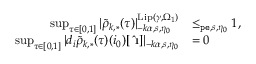
\begin{array} { r l } { \operatorname* { s u p } _ { \tau \in [ 0 , 1 ] } | \tilde { \rho } _ { k , * } ( \tau ) | _ { - k \alpha , s , \eta _ { 0 } } ^ { \mathrm { L i p } ( \gamma , \Omega _ { 1 } ) } } & { \le _ { \mathtt { p e } , s , \eta _ { 0 } } 1 , } \\ { \operatorname* { s u p } _ { \tau \in [ 0 , 1 ] } | d _ { i } \tilde { \rho } _ { k , * } ( \tau ) ( i _ { 0 } ) [ \hat { \textbf { \i } } ] | _ { - k \alpha , s , \eta _ { 0 } } } & { = 0 } \end{array}